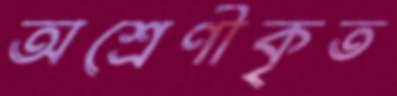
অশ্রেণীকৃত